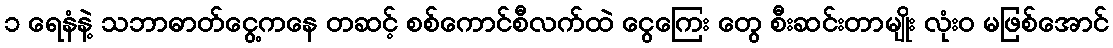
၁ ရေနံနဲ့ သဘာဓာတ်ငွေ့ကနေ တဆင့် စစ်ကောင်စီလက်ထဲ ငွေကြေး တွေ စီးဆင်းတာမျိုး လုံး၀ မဖြစ်အောင်